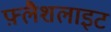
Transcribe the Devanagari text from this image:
फ़्लैशलाइट